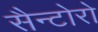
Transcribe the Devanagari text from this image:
सैन्टोरो